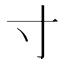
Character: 寸